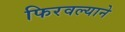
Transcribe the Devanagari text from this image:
फिरवल्याने